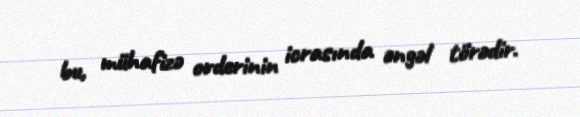
bu, mühafizə orderinin icrasında əngəl törədir.